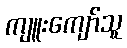
ကျူးကျော်သူ